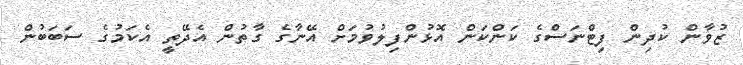
ޒުވާން ކުދިން ފިޓްނަސްގެ ކަންކަން އޮޅުންފިލުވުމަށް އޭނާގެ ގާތުން އެދޭތީ އެކަމުގެ ސަބަބުން